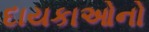
દાયકાઓનો